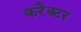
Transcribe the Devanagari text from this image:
करैक्टर